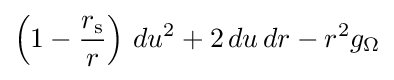
\left(1-{\frac {r_{\mathrm {s} }}{r}}\right)\,du^{2}+2\,du\,dr-r^{2}g_{\Omega }